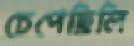
চেপেছিলি